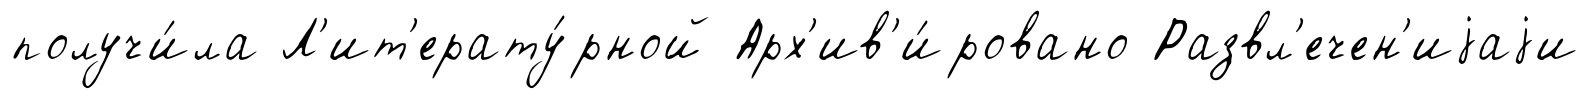
получи́ла Л'ит'ерату́рной Арх'ив'и́ровано Развл'ечен'иjаjи